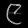
Digit: ၉